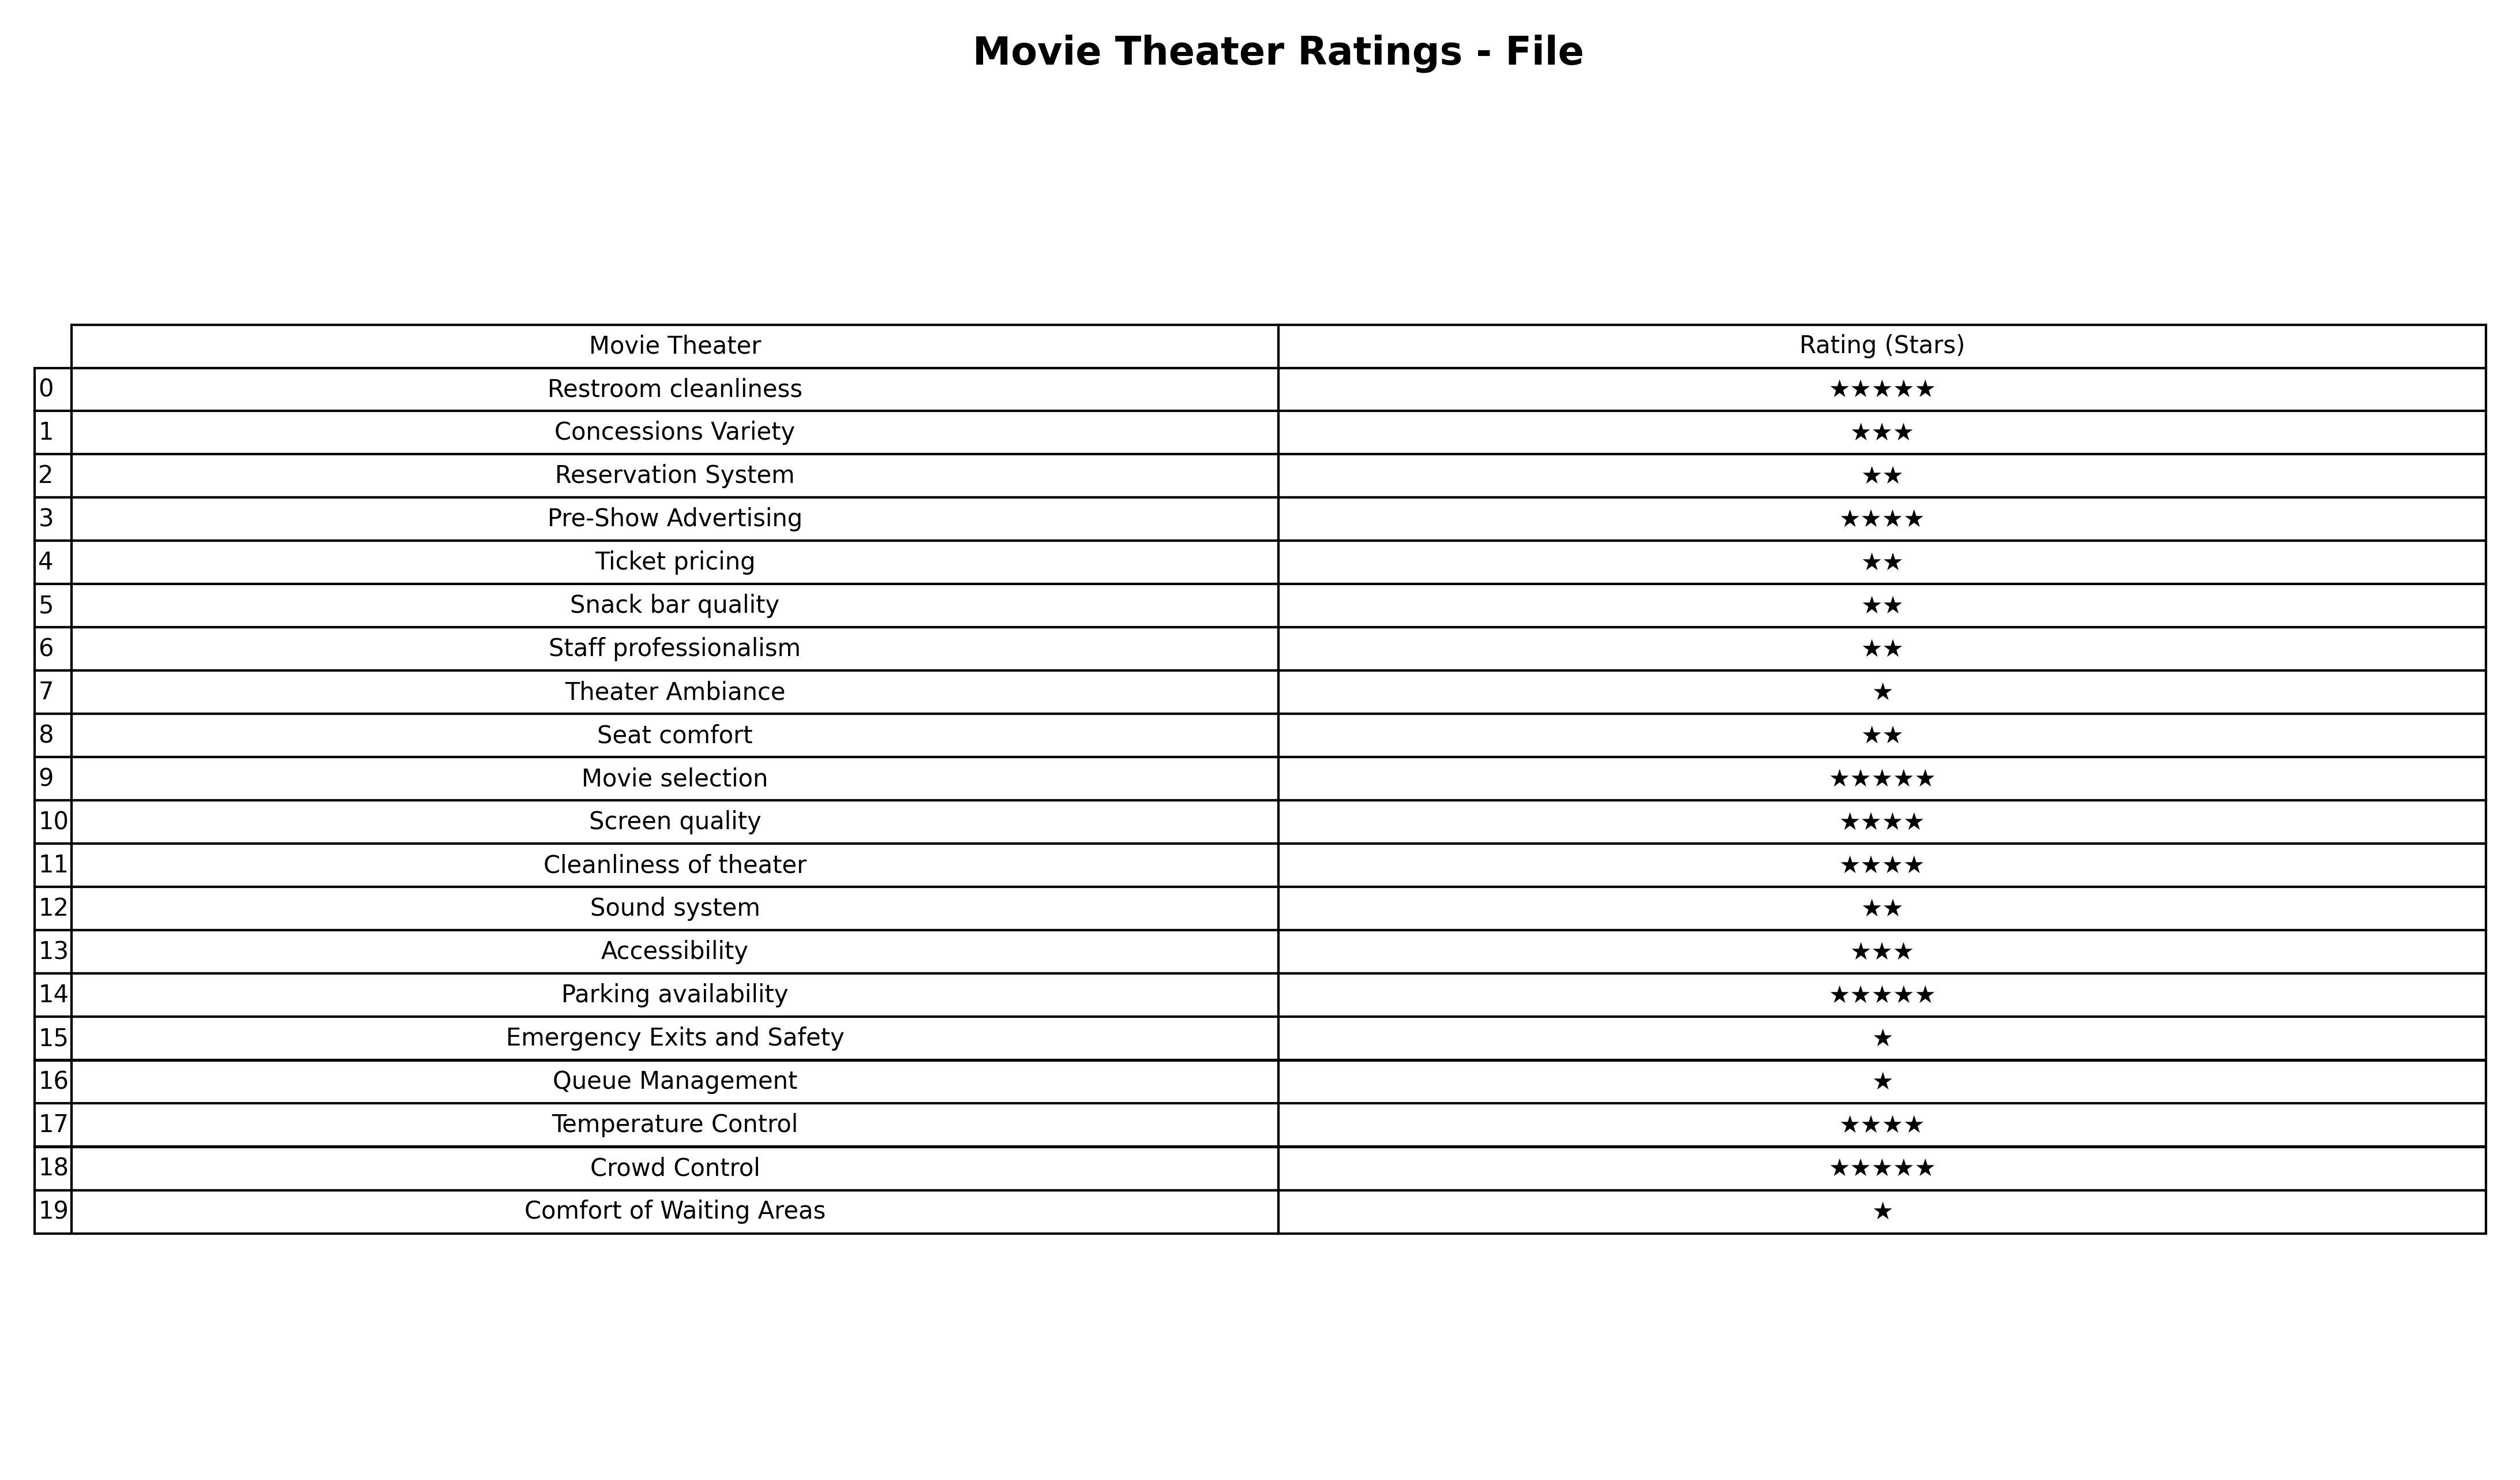
question: Which services are rated average?
answer: Concessions VarietyAccessibility